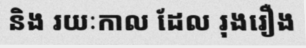
និង រយៈកាល ដែល រុងរឿង